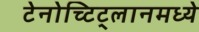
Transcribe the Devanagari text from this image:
टेनोच्टिट्लानमध्ये